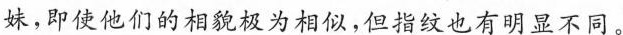
妹，即使他们的相貌极为相似，但指纹也有明显不同。